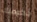
حكومتك